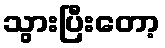
သွားပြီးတော့